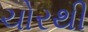
ચોરથી